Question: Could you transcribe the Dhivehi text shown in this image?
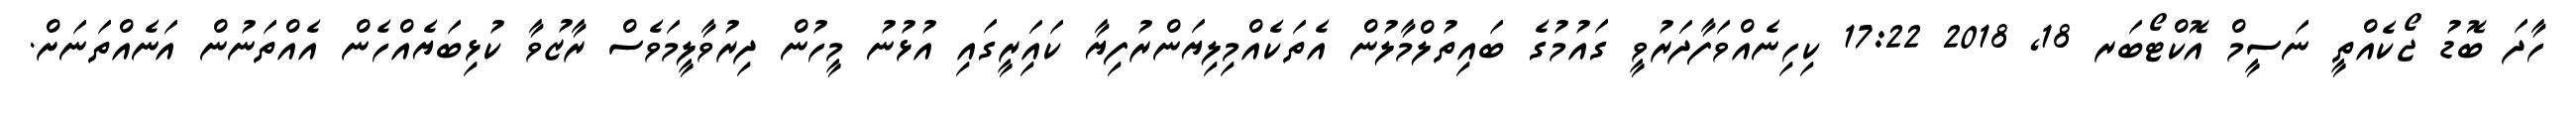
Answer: ހާދަ ބޮޑު ޖޯކެއްތީ ނަސީމް އޮކްޓޯބަރ 18, 2018 17:22 ކިހިނެއްވަފާދަރުވީ ގައުމުގެ ބައިތުލްމާލުން އެތަކެއްމިލިޔަންރުފިޔާ ކައަިރީގައި އުޅުނު މީހުން ދިރުވާލީމަވެސް ރާޒުވާ ކުޅިބަޔެއްހެން އެއްތަނުން އަނެއްތަނަށް.